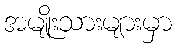
အမျိုးသားများမှာ